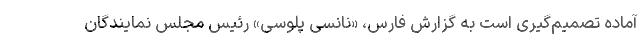
آماده تصمیم‌گیری است به گزارش فارس، «نانسی پلوسی» رئیس مجلس نمایندگان